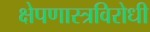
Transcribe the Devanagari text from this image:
क्षेपणास्त्रविरोधी